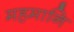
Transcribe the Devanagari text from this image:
महमानि